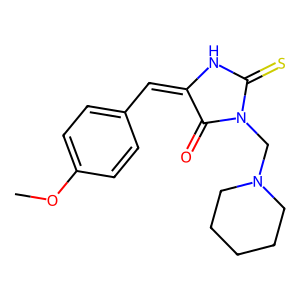
SMILES: COc1ccc(C=C2NC(=S)N(CN3CCCCC3)C2=O)cc1
Inhibits HIV replication: No